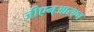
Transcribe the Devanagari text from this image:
जीएन्‌आरएच